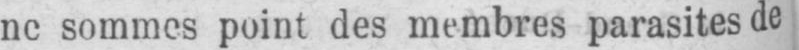
sommes point des membres parasites de